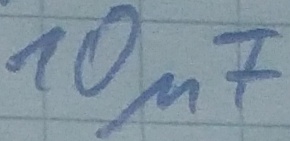
Text: 10µF